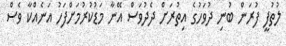
ލުތުފީ ފުރަން ބުނި ދުވަހުގެ އިތުރަށް ދެދުވަސް އޭނާ މަޑުކުރުމަށްފަހު އަނެއްކާ ވެސް